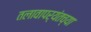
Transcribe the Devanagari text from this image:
तलावापर्यंतच्या